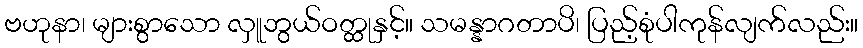
ဗဟုနာ၊ များစွာသော လှူဘွယ်ဝတ္ထုနှင့်။ သမန္နာဂတာပိ၊ ပြည့်စုံပါကုန်လျက်လည်း။